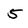
Character: 5